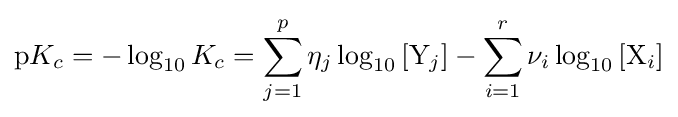
\mathrm {p} K_{c}=-\log _{10}K_{c}=\sum _{j=1}^{p}\eta _{j}\log _{10}\left[\mathrm {Y} _{j}\right]-\sum _{i=1}^{r}\nu _{i}\log _{10}\left[\mathrm {X} _{i}\right]